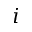
i